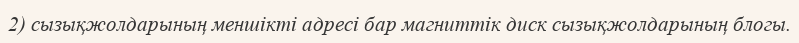
2) сызықжолдарының меншікті адресі бар магниттік диск сызықжолдарының блогы.